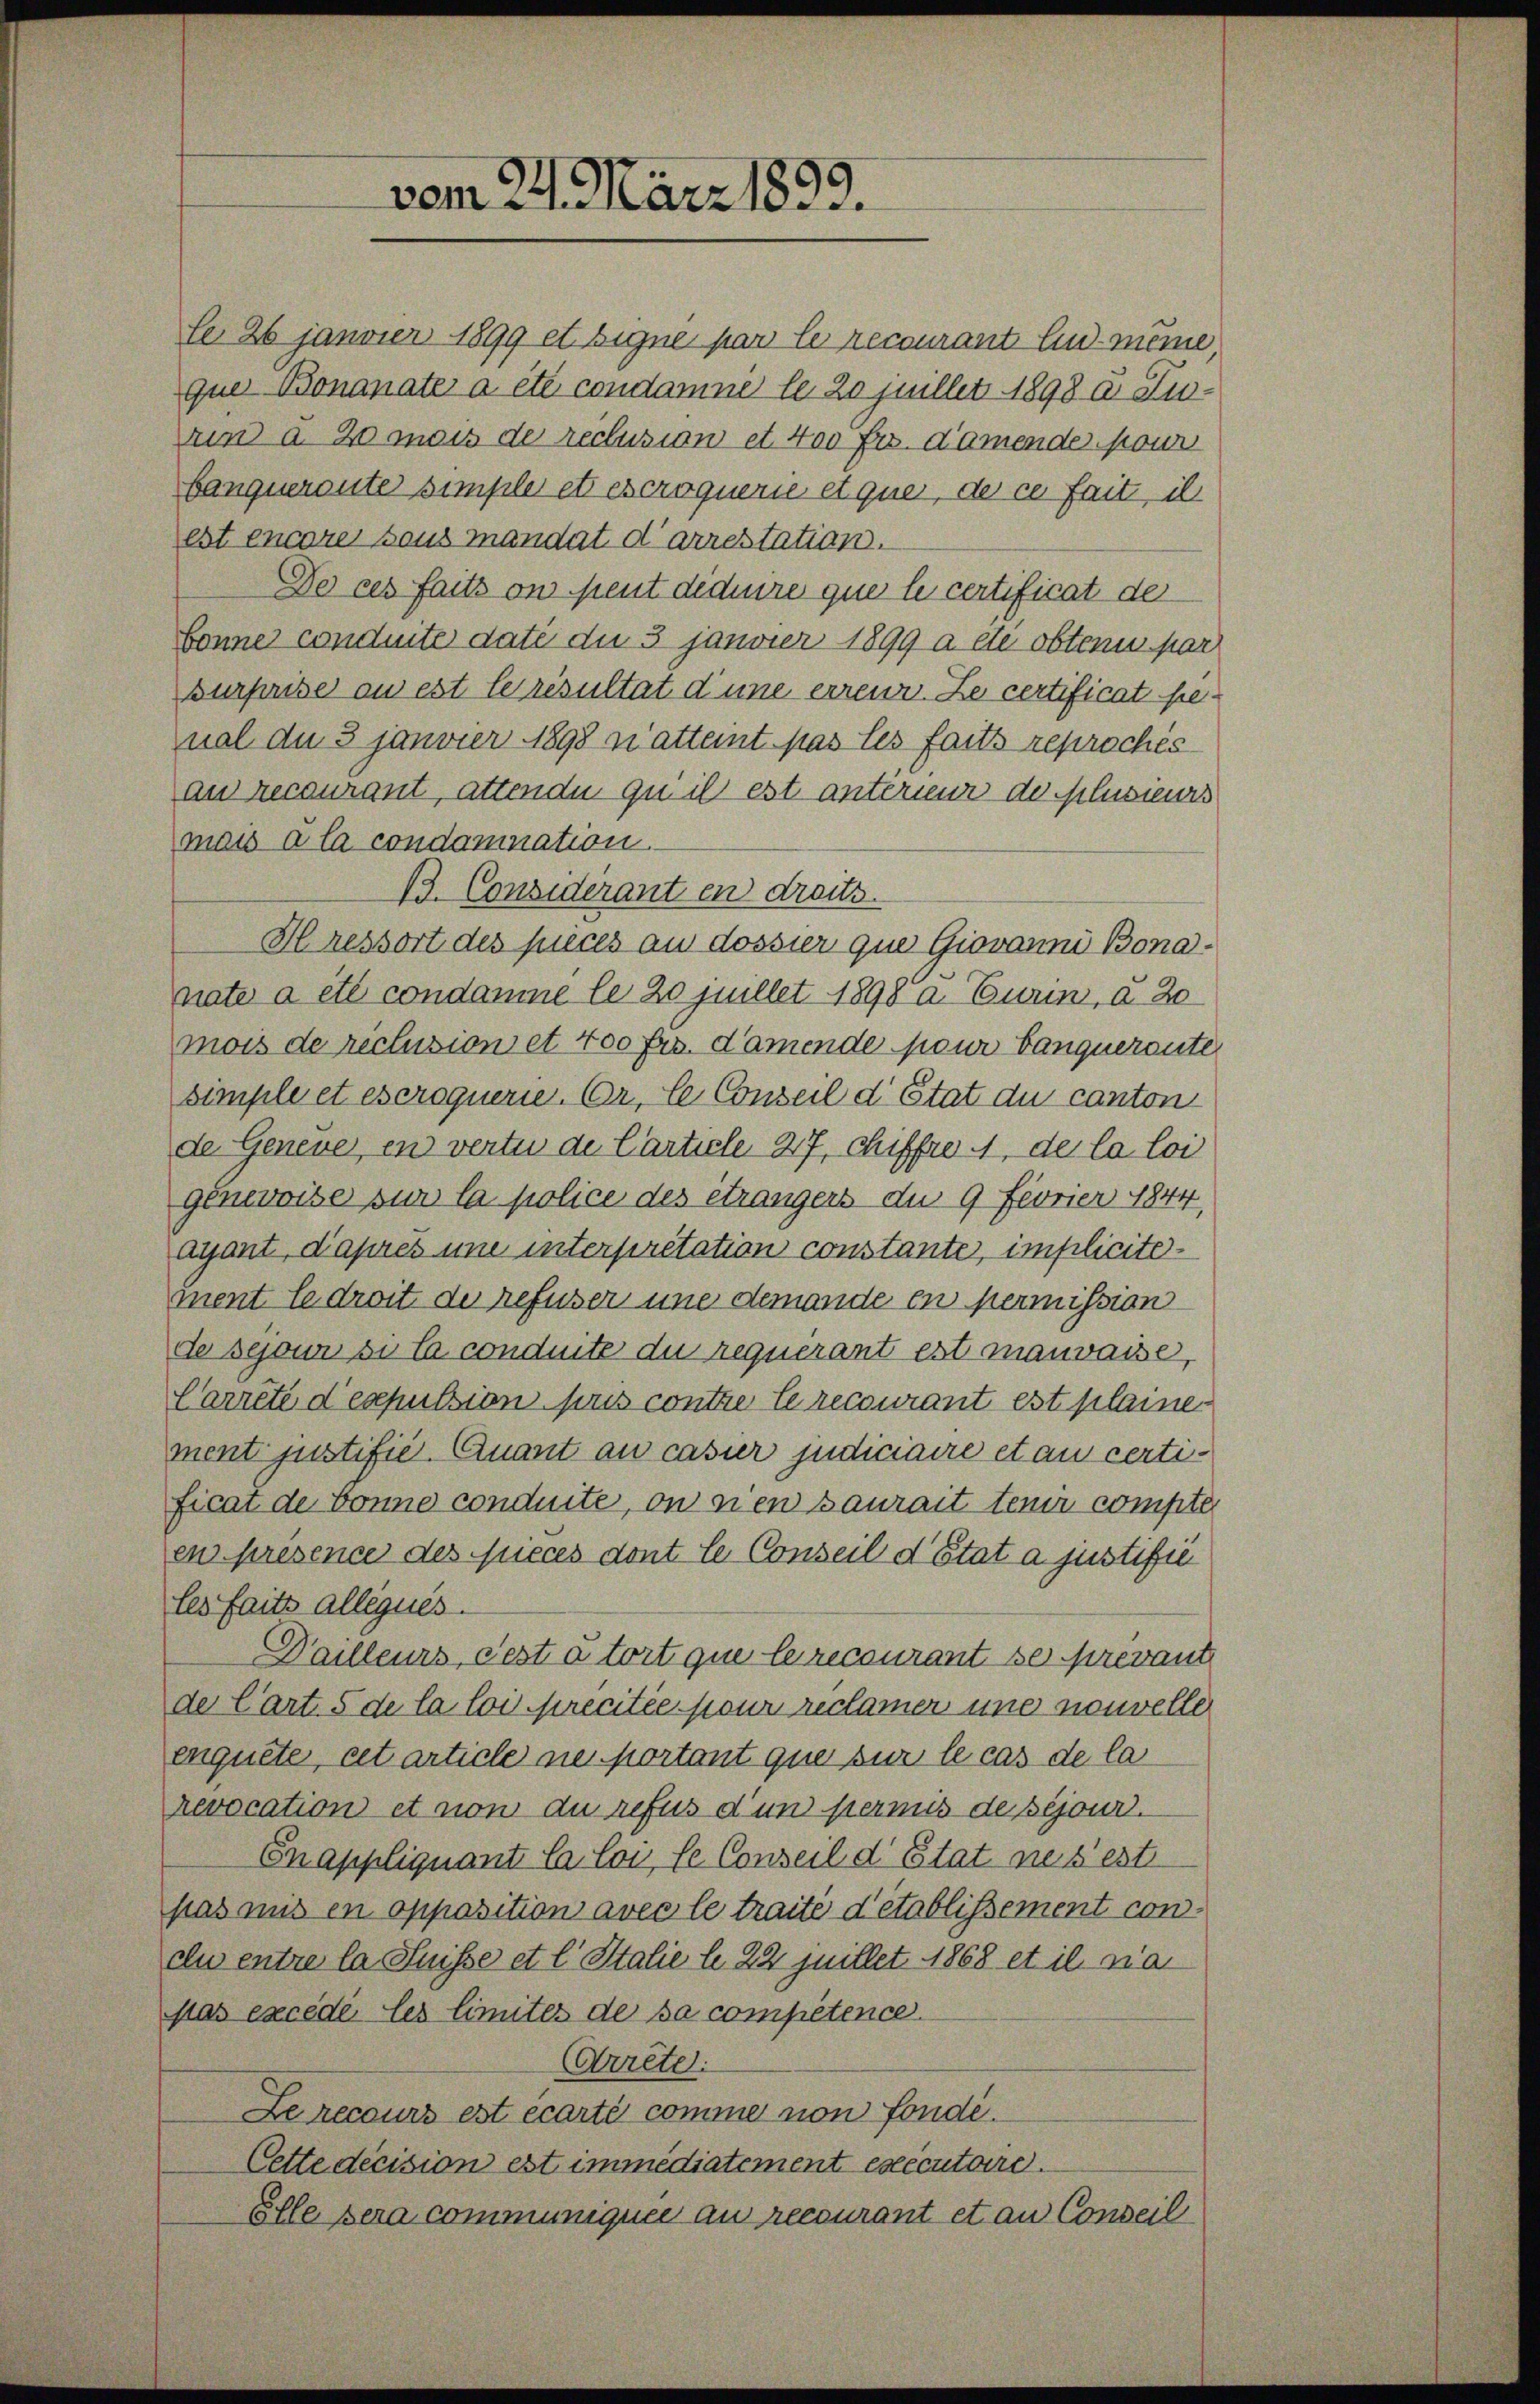
vom 24. März 1899.

le 26 janvier 1899 et signe par le recourant lud meine,
quer Bonanate a été condamné le 20 Juillet 1898 u. Zurund a. 20 mois de reclusion et. 400 frs. damende pour
banquerontes simpler et excroquerie et que, der ce fait, ih
est encore sous mandat d’arrestation.
De ces faits on peut diduire que le certificat der
bonne conduite dati du 3 janvier 1899 a etc obtenu par
surprise an est le résultat d’une erreur. Le certificat benal du 3 janvier 1898 n atteint pas les faits reproches
an recourant, attende qu’il est unterneur de plusieurs
mais à la condamnation.
B. Considerant en draits.
Hressort des pieces aus dossier que Giovanni Bonanate a été condamme le 20 juillet 1898 a. Eurin, a. 20
mois de réclusion et 400 frs. Damende pour tanquerante
simple et escroquerie. Er, le Conseil d’Etat du canton
de Geneve, en vertu de Carticle 27, chiffre 4, de la loi
geneweise sur la police des étrangers du 9 Fevrier 1844.
ayant d’apres une interpretation constante, implicitement le droit de refuser une demande en permission
de sejour si la conduite du requerant est mauvaise,
Carreté d’espulsion puis contre le recourant est plainer
ment justifie Quant au casier judiciaire et au certificat de bonne conduite, on nien Baurait tenir compter
en presence des Fieces dont le Conseil d’Etat à justifié
les faits allégués.
Dailleurs, Testatort que le recourant se prevant
de Cart. 5 de la loi recitée pour reclamer une nouvelle
enquete, cet article ne portant que sur le cas de la
revocation et non du refus d’un permis de péjour.
Enappliquant la loi, le Conseil d’Etat ne s’est
pas mit en opposition avec le traité d’établissement condu entre la Suisse et l. Stalie le 22 Juillet 1868 et il na
slas excédé les limites de sa compétence
Arrete.
Le recours est écarté comme non fondé.
Cette decision est immediatement executoire.
Elle sera communiquée au recourant et an Conseil